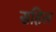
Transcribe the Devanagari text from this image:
सहिल